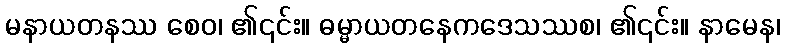
မနာယတနဿ စေဝ၊ ၏၎င်း။ ဓမ္မာယတနေကဒေသဿစ၊ ၏၎င်း။ နာမေန၊